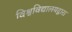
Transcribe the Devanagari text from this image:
विश्वविद्यालयद्वारा